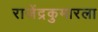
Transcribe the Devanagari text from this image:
राजेंद्रकुमारला